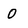
Character: 0